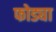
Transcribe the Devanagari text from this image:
फोड्या